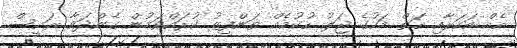
އެއް އަހަރާއި ހަތް މަހުގެ ޖަލު ހުކުމެއް ތަންފީޒު ކުރައްވަމުން ގެންދަވާ ރައީސް